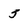
Character: 5